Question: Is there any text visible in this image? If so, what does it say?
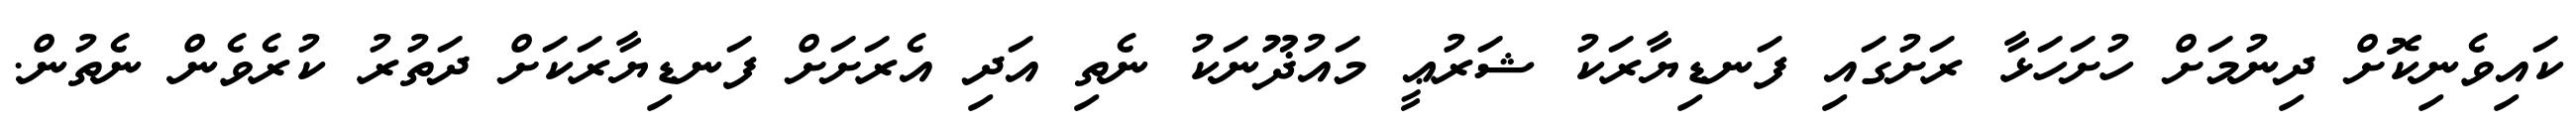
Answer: ކައިވެނިކޮށް ދިނުމަށް ހުށަހަޅާ ރަށުގައި ފަނޑިޔާރަކު ޝަރުޢީ މައުޛޫނަކު ނެތި އަދި އެރަށަށް ފަނޑިޔާރަކަށް ދަތުރު ކުރެވެން ނެތުން.